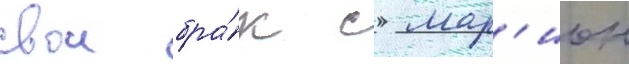
свои бра́к с мар'ион